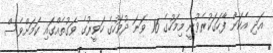
އަދި އެކަން ފާހަގަކުރެވުނީ މިމަހުގެ 16 ވަނަ ދުވަހުގެ ހަވީރުގެ ވަގުތެއްގައި ކަމަށްވެސް